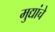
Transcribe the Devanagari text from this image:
मुद्यांचे